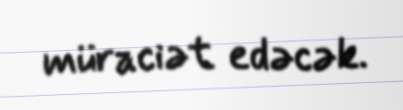
müraciət edəcək.